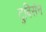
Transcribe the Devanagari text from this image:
टुबिसेन